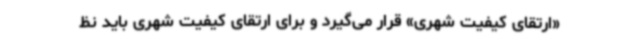
«ارتقای کیفیت شهری» قرار می‌گیرد و برای ارتقای کیفیت شهری باید نظ